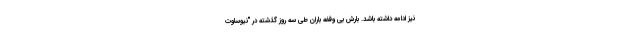
نیز ادامه داشته باشد. بارش بی وقفه باران طی سه روز گذشته در "نیوساوت